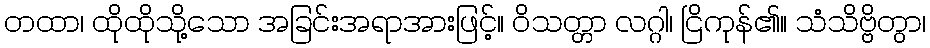
တထာ၊ ထိုထိုသို့သော အခြင်းအရာအားဖြင့်။ ဝိသတ္တာ လဂ္ဂါ၊ ငြိကုန်၏။ သံသိဗ္ဗိတွာ၊